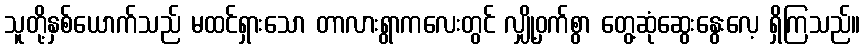
သူတို့နှစ်ယောက်သည် မထင်ရှားသော တာလားရွာကလေးတွင် လျှို့ဝှက်စွာ တွေ့ဆုံဆွေးနွေးလေ့ ရှိကြသည်။